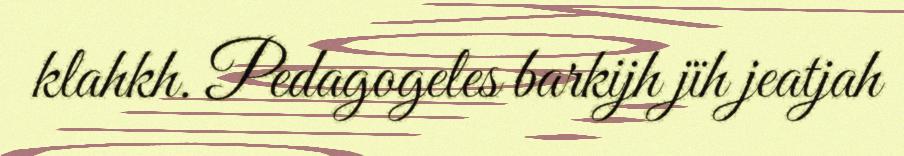
klahkh. Pedagogeles barkijh jïh jeatjah